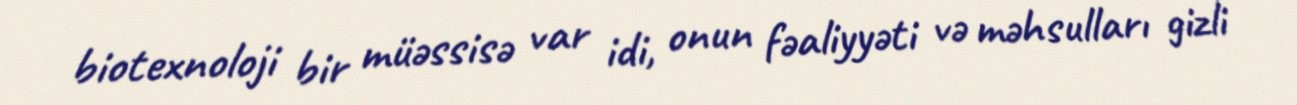
biotexnoloji bir müəssisə var idi, onun fəaliyyəti və məhsulları gizli